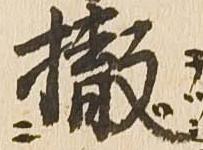
撤